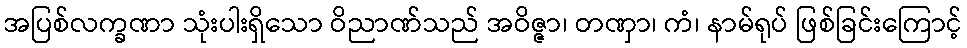
အပြစ်လက္ခဏာ သုံးပါးရှိသော ဝိညာဏ်သည် အဝိဇ္ဇာ၊ တဏှာ၊ ကံ၊ နာမ်ရုပ် ဖြစ်ခြင်းကြောင့်